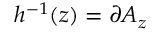
h ^ { - 1 } ( z ) = \partial A _ { z }